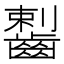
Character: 𪘼